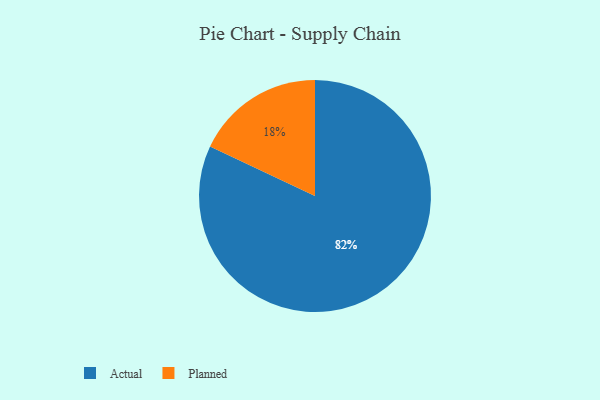
{"axis": {"x": "Category", "y": "Percentage"}, "legend": ["Actual", "Planned"], "data": [{"x": "Actual", "y": 82, "type": "Actual"}, {"x": "Planned", "y": 18, "type": "Planned"}]}